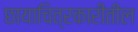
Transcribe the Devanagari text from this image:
छायाचित्रकारीतील